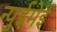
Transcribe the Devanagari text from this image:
न्पुईमेई